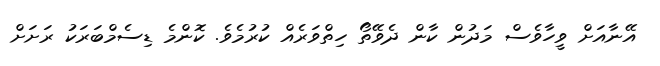
އޭނާއަށް ވީހާވެސް މަދުން ކާން ދެވޭތޯ ހިތްވަރެއް ކުރުމެވެ. ކޮންމެ ޑިސެމްބަރަކު ރަށަށް